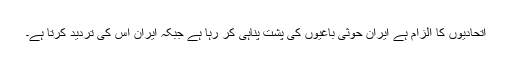
اتحادیوں کا الزام ہے ایران حوثی باغیوں کی پشت پناہی کر رہا ہے جبکہ ایران اس کی تردید کرتا ہے۔